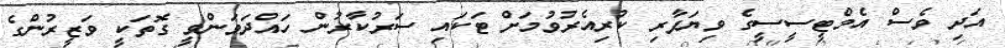
އަދި ވެސް އެމްޓީސީސީގެ ވިޔަފާރި ކުރިއެރުވުމަށް ޓަކައި ސަރުކާރުން ހައްދަވަންވީ ގޮތަކީ ވަޒީރުންގެ